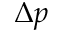
\Delta p